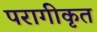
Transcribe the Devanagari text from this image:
परागीकृत